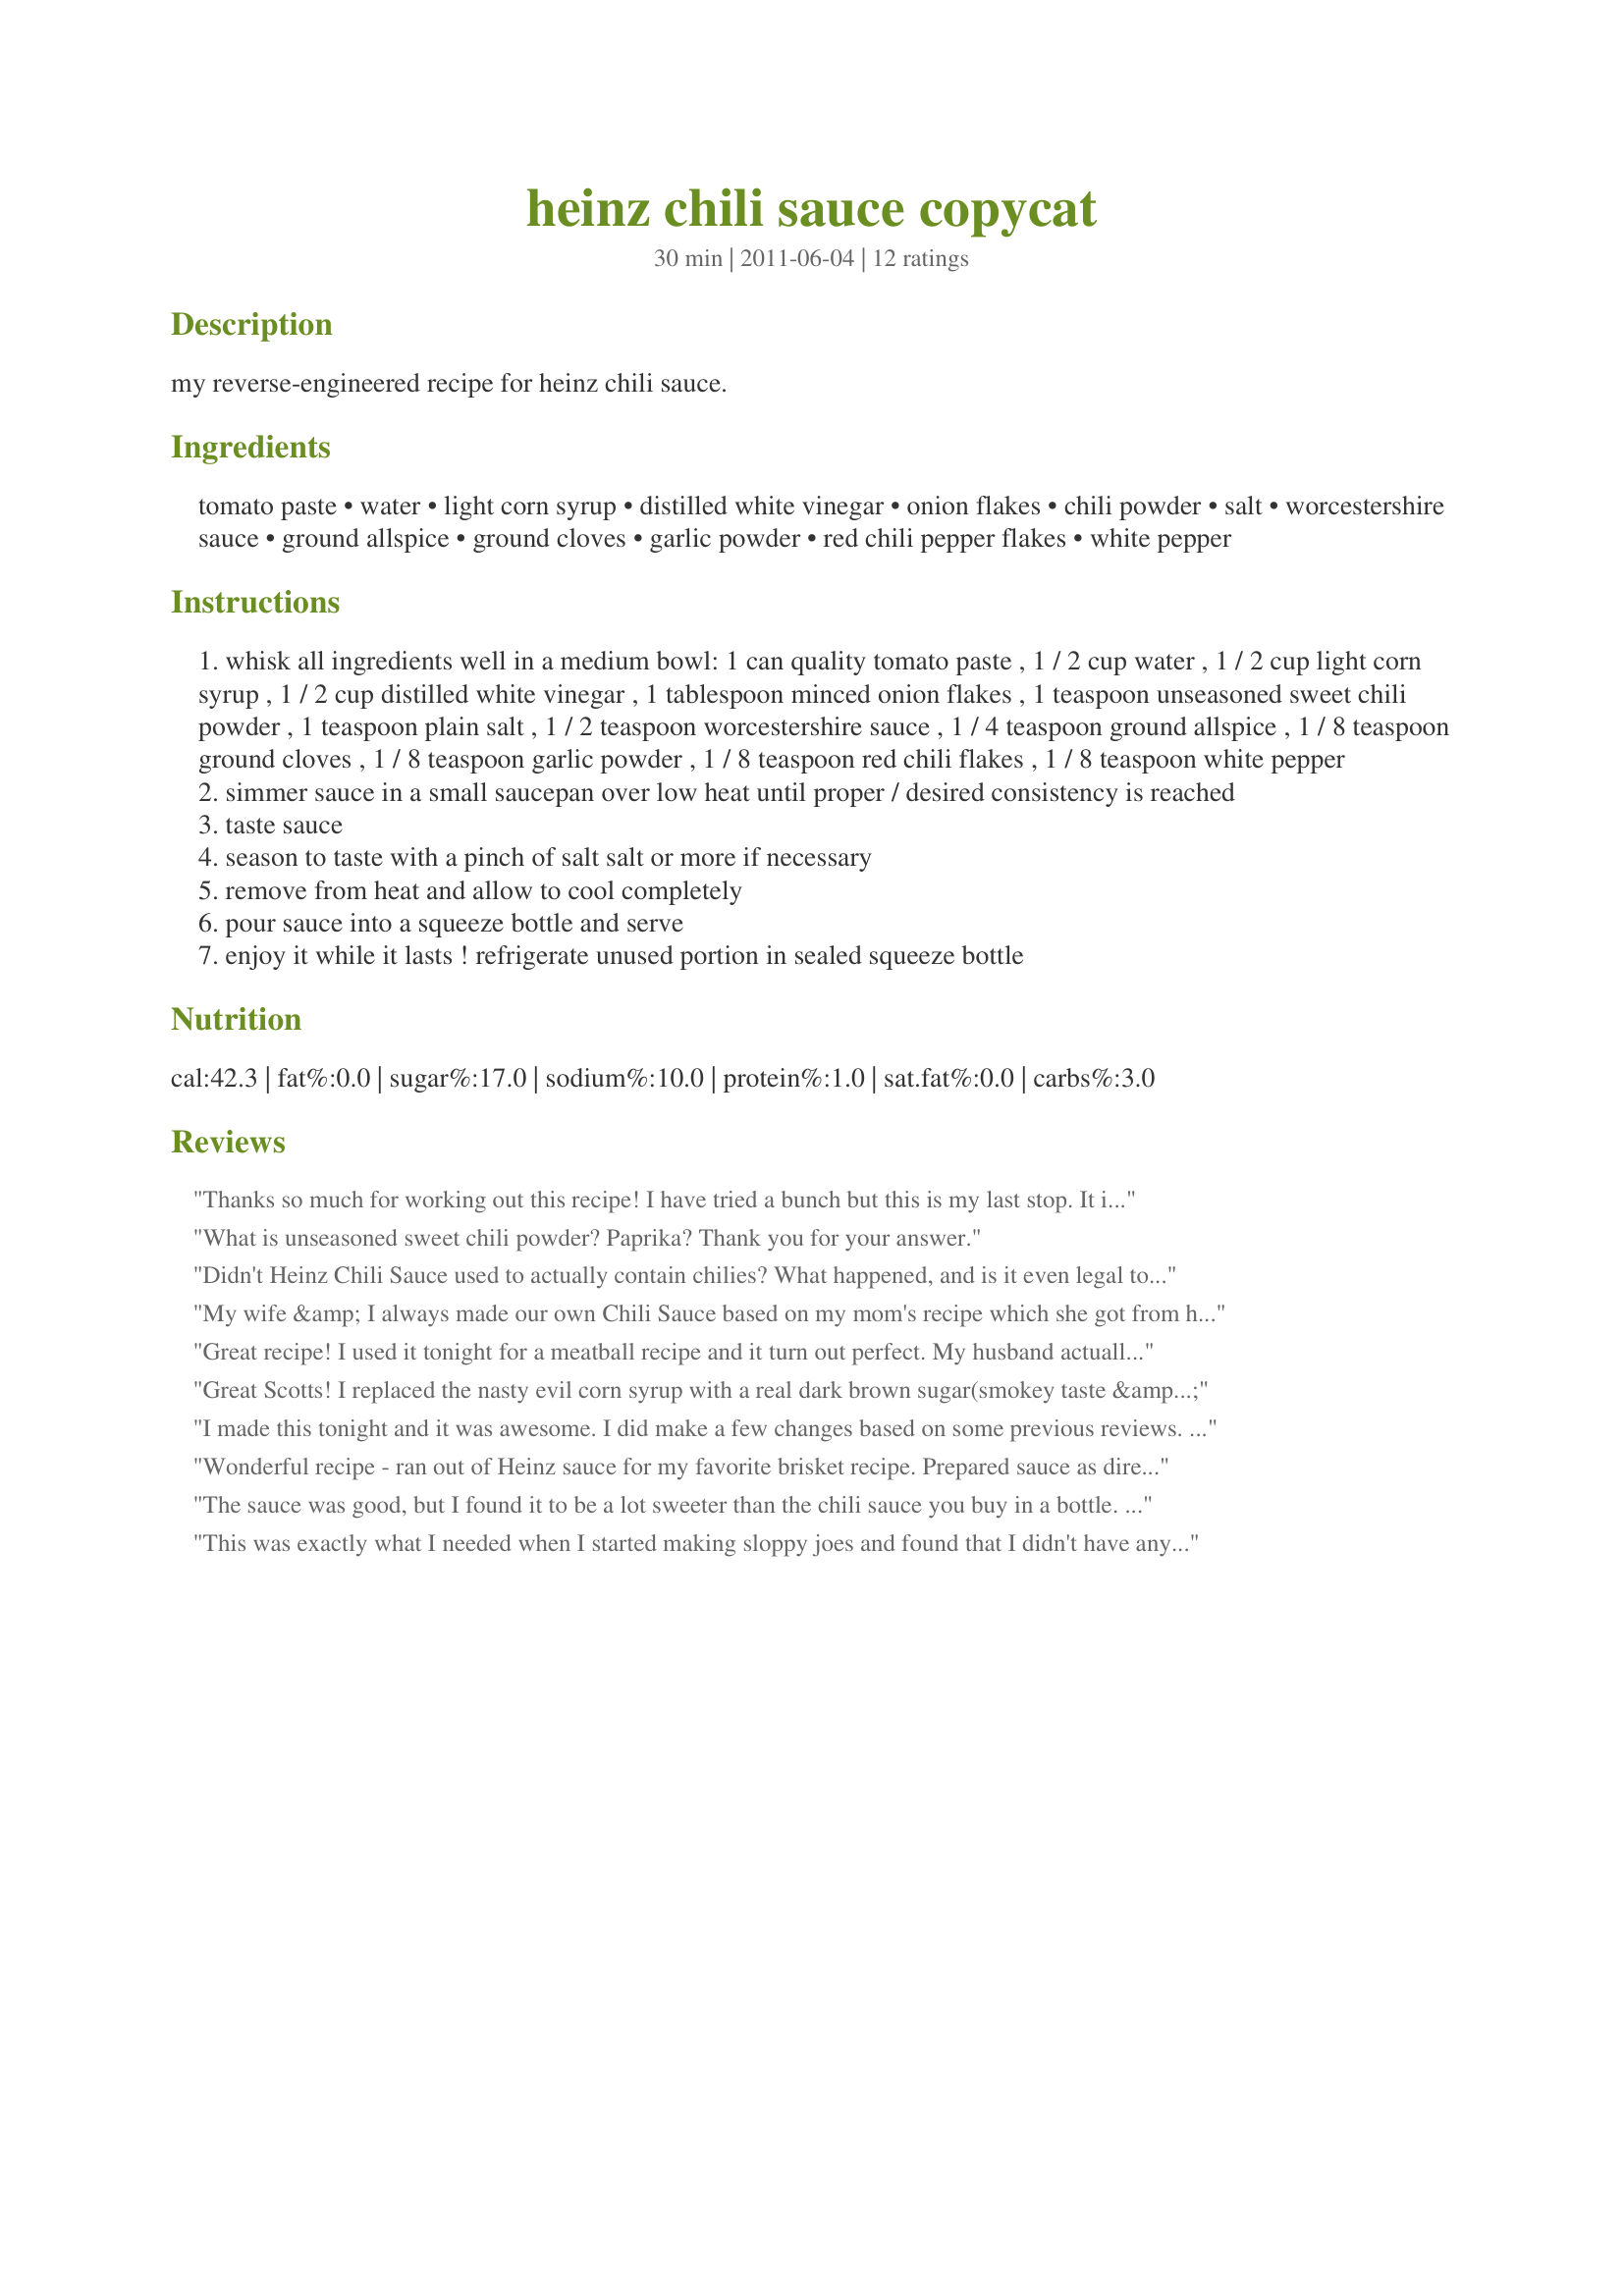
heinz chili sauce copycat
Preparation time: 30 minutes

my reverse-engineered recipe for heinz chili sauce.

Ingredients:
tomato paste, water, light corn syrup, distilled white vinegar, onion flakes, chili powder, salt, worcestershire sauce, ground allspice, ground cloves, garlic powder, red chili pepper flakes, white pepper

Steps:
whisk all ingredients well in a medium bowl: 1 can quality tomato paste , 1 / 2 cup water , 1 / 2 cup light corn syrup , 1 / 2 cup distilled white vinegar , 1 tablespoon minced onion flakes , 1 teaspoon unseasoned sweet chili powder , 1 teaspoon plain salt , 1 / 2 teaspoon worcestershire sauce , 1 / 4 teaspoon ground allspice , 1 / 8 teaspoon ground cloves , 1 / 8 teaspoon garlic powder , 1 / 8 teaspoon red chili flakes , 1 / 8 teaspoon white pepper
simmer sauce in a small saucepan over low heat until proper / desired consistency is reached
taste sauce
season to taste with a pinch of salt salt or more if necessary
remove from heat and allow to cool completely
pour sauce into a squeeze bottle and serve
enjoy it while it lasts ! refrigerate unused portion in sealed squeeze bottle

Reviews:
Thanks so much for working out this recipe! I have tried a bunch but this is my last stop. It is that good!
What is unseasoned sweet chili powder? Paprika? Thank you for your answer.
Didn't Heinz Chili Sauce used to actually contain chilies? What happened, and is it even legal to market it as such?
My wife &amp; I always made our own Chili Sauce based on my mom's recipe which she got from her mom etc etc. Now that we're getting up in years the desire to do a lot of canning just isn't there any more. This recipe seems quite a bit easier than mom's but moms started with whole seeded, skinless Roma tomatoes. If I just added a 28 fl.oz can of tomatoes without the liquid would that change the taste a lot? I really like the texture with chunks of tomato.
Great recipe! I used it tonight for a meatball recipe and it turn out perfect. My husband actually made the comment that they were the best meatballs that I have ever made and the only thing I changed was making the chili sauce homemade.
Great Scotts! I replaced the nasty evil corn syrup with a real dark brown sugar(smokey taste &amp; caramel color), 1/4 cup of apple vinegar with Tabasco( taste &amp; natural preservative), added ketchup to get the Heinz flavor, &amp; chili powder for chili. I do add whiskey to my chili or beer and that really kicks up the flavor too.

I will be using celery salt, dill weed,smoked cumin, chipotle powder, fresh minced garlic, fresh minced onion, and maybe off brand sriracha.
I made this tonight and it was awesome. I did make a few changes based on some previous reviews. I substituted 1/3cup of brown sugar for the corn syrup, onion powder for the flakes. I left out the Worcestershire sauce and red chili pepper flakes. It had the exact taste of chili sauce. I combined it with grape jelly and made a delicious sauce for homemade meatballs. This is definitely a keeper, thanks for sharing.
Wonderful recipe - ran out of Heinz sauce for my favorite brisket recipe. Prepared sauce as directed. Delicious. I added extra 1/2 tsp chili powder and 1/8 pepper, and oh boy what a kick! Had to add more tomato paste and corn syrup. Be careful with proportions of spices and seasoning. I advise: follow recipe as written but start with less chili powder and cayenne especially if you use high quality, strong chili powder like I do. Adjust for your family's taste. Best brisket ever.
The sauce was good, but I found it to be a lot sweeter than the chili sauce you buy in a bottle. Next time I will probably use half as much syrup, or maybe switch to sugar and just use 1/4 cup. It was still yummy even if sweeter than usual.
This was exactly what I needed when I started making sloppy joes and found that I didn't have any prepared Heinz chili sauce. This was perfect! I didn't tweak other than using common Chili Powder with some seasonings. Otherwise, made as is.
excellent recipes, use for beer balls recipe
To answer the question What is sweet chile powder? Sweet Chili Powder is a different from most other chili powders as it possesses a light touch of sweetness. ... Hand blended from freshly ground Ancho and New Mexico Chiles, coriander, cumin, domestic paprika, oregano, garlic, sugar and cinnamon.
